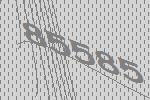
85585